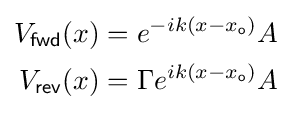
{\begin{aligned}V_{\mathsf {fwd}}(x)&=e^{-ik(x-x_{\mathsf {o}})}A\\V_{\mathsf {rev}}(x)&=\Gamma e^{ik(x-x_{\mathsf {o}})}A\end{aligned}}